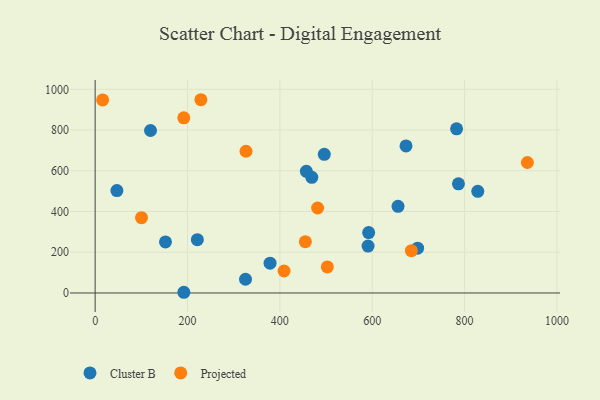
{"axis": {"x": "Ad Spend", "y": "Yield"}, "legend": ["Cluster B", "Projected"], "data": [{"x": "673.2", "y": 722.1, "type": "Cluster B"}, {"x": "782.7", "y": 806.1, "type": "Cluster B"}, {"x": "786.7", "y": 535.7, "type": "Cluster B"}, {"x": "592.3", "y": 296.5, "type": "Cluster B"}, {"x": "828.6", "y": 499.1, "type": "Cluster B"}, {"x": "469.2", "y": 567.8, "type": "Cluster B"}, {"x": "221.3", "y": 261.9, "type": "Cluster B"}, {"x": "378.8", "y": 146.5, "type": "Cluster B"}, {"x": "325.6", "y": 67.3, "type": "Cluster B"}, {"x": "47.1", "y": 502.8, "type": "Cluster B"}, {"x": "192.1", "y": 3.4, "type": "Cluster B"}, {"x": "152.3", "y": 250.4, "type": "Cluster B"}, {"x": "496.2", "y": 680.7, "type": "Cluster B"}, {"x": "119.9", "y": 797.8, "type": "Cluster B"}, {"x": "457.4", "y": 597.1, "type": "Cluster B"}, {"x": "591.0", "y": 230.1, "type": "Cluster B"}, {"x": "698.3", "y": 219.7, "type": "Cluster B"}, {"x": "655.9", "y": 425.5, "type": "Cluster B"}, {"x": "16.2", "y": 947.8, "type": "Projected"}, {"x": "326.7", "y": 695.7, "type": "Projected"}, {"x": "684.7", "y": 207.7, "type": "Projected"}, {"x": "229.0", "y": 948.8, "type": "Projected"}, {"x": "481.8", "y": 417.3, "type": "Projected"}, {"x": "936.0", "y": 640.6, "type": "Projected"}, {"x": "191.9", "y": 859.8, "type": "Projected"}, {"x": "502.8", "y": 127.7, "type": "Projected"}, {"x": "409.1", "y": 107.9, "type": "Projected"}, {"x": "455.2", "y": 252.0, "type": "Projected"}, {"x": "100.4", "y": 369.5, "type": "Projected"}]}